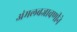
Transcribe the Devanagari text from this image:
अंमलबजावणीने